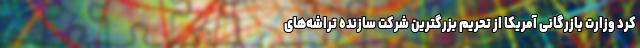
کرد وزارت بازرگانی آمریکا از تحریم بزرگترین شرکت سازنده تراشه‌های